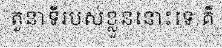
តួនាទីរបស់ខ្លួននោះទេ គឺ